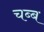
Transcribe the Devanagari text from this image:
चब्ब